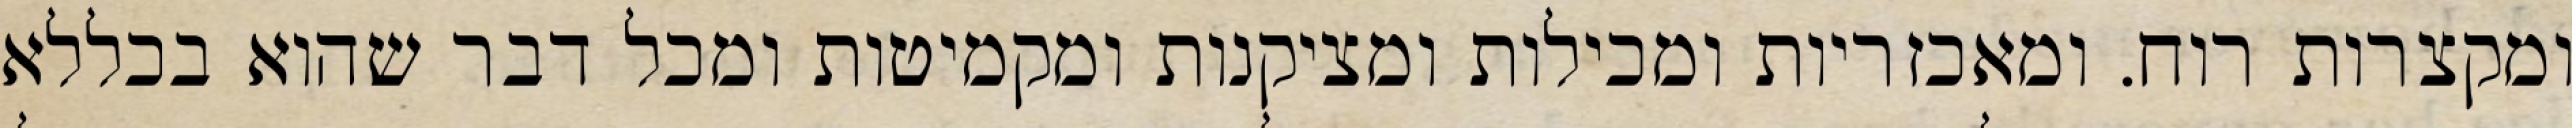
ומקצרות רוח. ומאכזריות ומכילות ומציקנות ומקמיטות ומכל דבר שהוא בכללא